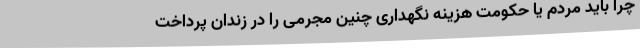
چرا باید مردم یا حکومت هزینه نگهداری چنین مجرمی را در زندان پرداخت